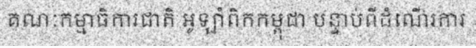
គណៈកម្មាធិការជាតិ អូឡាំពិកកម្ពុជា បន្ទាប់ពីដំណើរការ